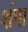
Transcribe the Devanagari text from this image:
शंपा